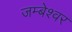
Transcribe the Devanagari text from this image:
जम्बेश्वर